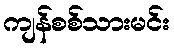
ကျန်စစ်သားမင်း